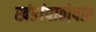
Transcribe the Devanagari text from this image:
खंडांपाठोपाठ